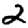
Digit: 2